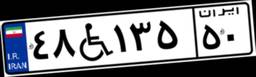
۷۸W۱۶۵۶۰